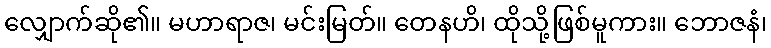
လျှောက်ဆို၏။ မဟာရာဇ၊ မင်းမြတ်။ တေနဟိ၊ ထိုသို့ဖြစ်မူကား။ ဘောဇနံ၊